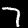
Digit: 7